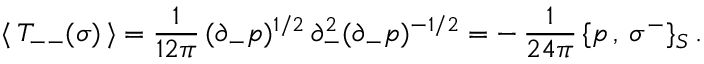
\langle \, T _ { -- } ( \sigma ) \, \rangle = \frac { 1 } { 1 2 \pi } \, ( \partial _ { - } p ) ^ { 1 / 2 } \, \partial _ { - } ^ { 2 } ( \partial _ { - } p ) ^ { - 1 / 2 } = - \, \frac { 1 } { 2 4 \pi } \, \{ p \, , \: \sigma ^ { - } \} _ { S } \, .